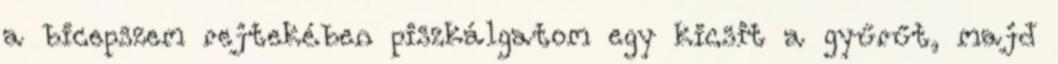
a bicepszem rejtekében piszkálgatom egy kicsit a gyűrűt, majd